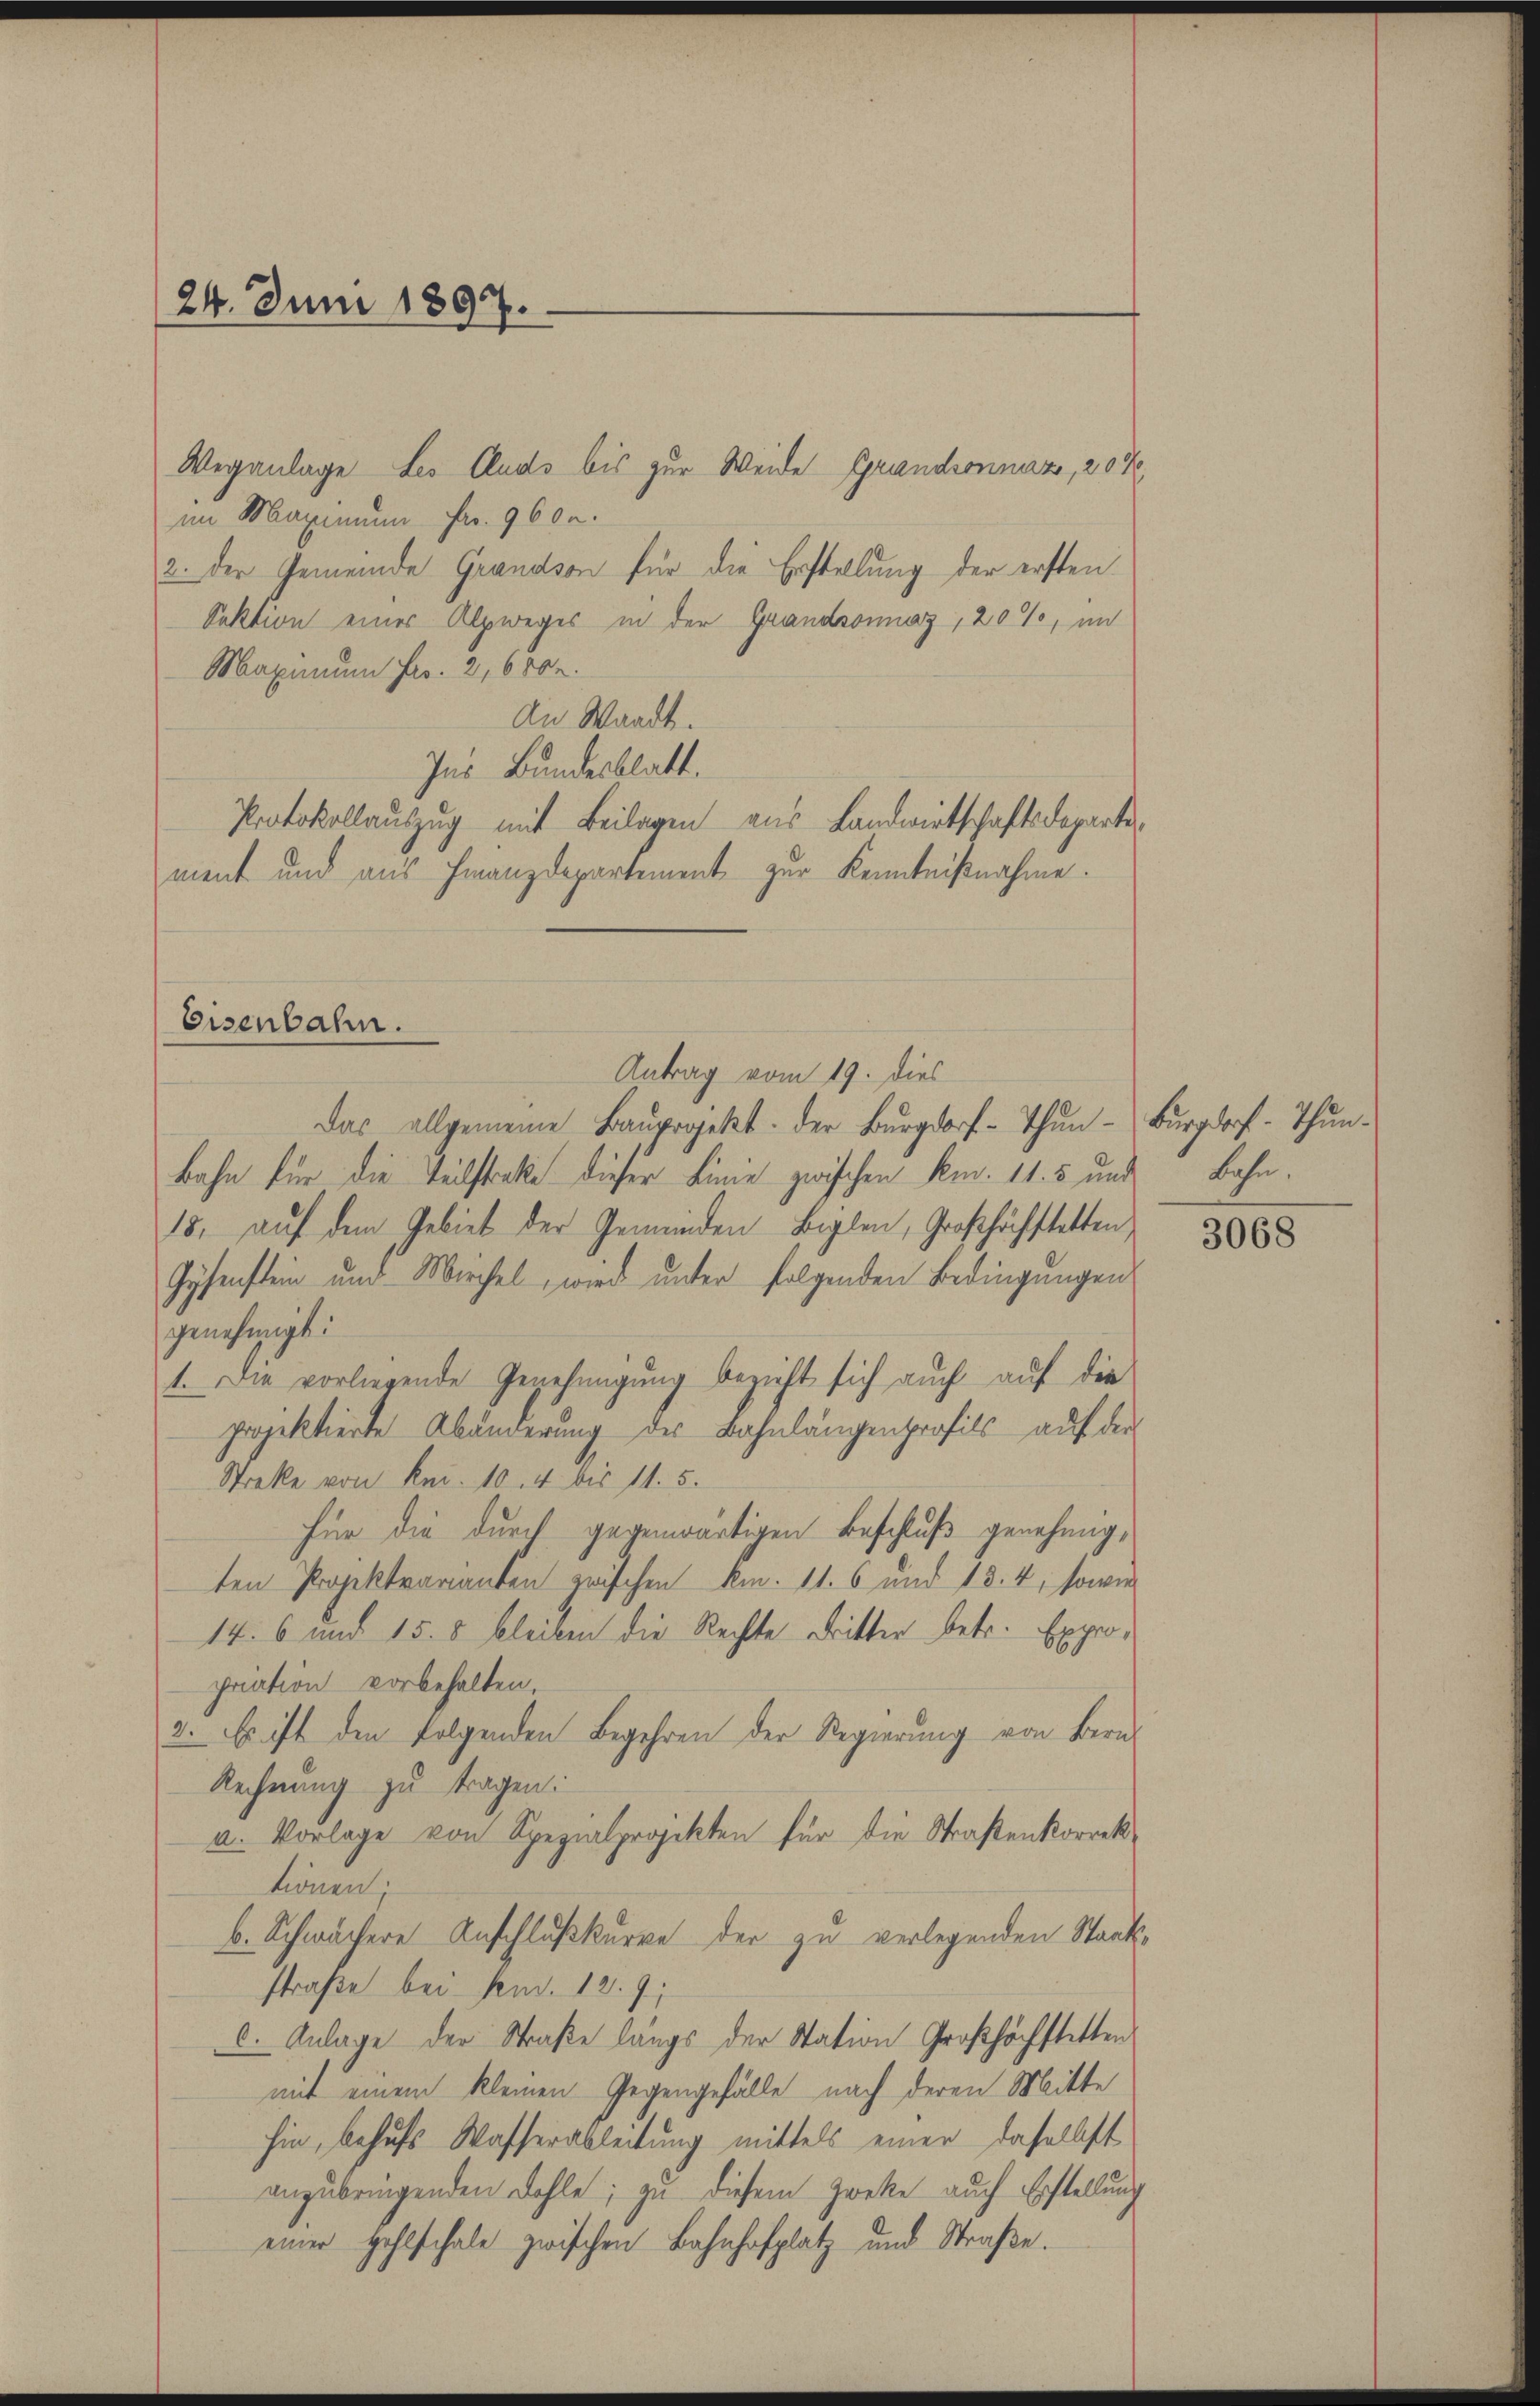
24. Juni 1897.

Eisenbahn.

Weganlage Les Cluds bis zur Weide Grandonnaz, 20 %
im Maximum fr. 960.
2. Der Gemeinde Grandson für die Erstellung der ersten
Sektion eines Alpweges in der Grandsonnaz, 20%, im
Maximum Fr. 2,6002.
An Waadt.
Ins Bundesblatt.
Protokollauszug mit Beilagen aus Landwirtschaftsdeparte
ment und aus Finanzdepartement zur Kenntnißnahme.
Das allgemeine Baŭprojekt der Burgdorf-Thŭn-Burgdorf - Thun-
Bahn für die Teilstrate dieser Linie zwischen Am. 11. 5 und Bahn.
15., auf dem Gebiet der Gemeinden Beglen, Großhöchstetten
Gysenstein und Mirchel, wird unter folgenden Bedingungen
genehmigt:
1. Die vorliegende Genehmigung bezieht sich auch auf die
projektierte Abänderung des Bahnlängenprofils auf der
Streke von Kni. 10. 4 bis 11.5.
für die durch gegenwärtigen Beschluß genehmigten Projektvarianten zwischen kn. 11. 6 und 18. 4, sowie
14. 6 und 15. 8 bleiben die Rechte Dritter betr. Expropration vorbehalten,
2. Es ist den folgenden Begehren der Regierung von Bern
Rechnung zu tragen:
a. Vorlage von Spezialprojekten für die Straßenkorrektionen.
b. Schwächere Anschlußkurve der zu verlegenden Staats-
straße bei dem 12. 9
c. Anlage der Straße längs der Station Großhöchstetten
mit einem kleinen Gegengefälle nach deren Mitte
hin, behufs Wasserableitung mittels einer daselbst
anzubringenden Fehle; zu diesem Zwecke auch Erstellung
einer Hohlschale zwischen Bahnhofplatz und Straße.

Antrag vom 19. dies

3068